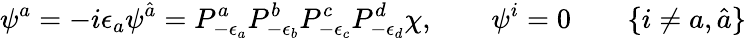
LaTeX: \psi^{a}=-i\epsilon_{a}\psi^{\hat{a}}=P_{-\epsilon_{a}}^{a}P_{-\epsilon_{b}}^{b}P_{-\epsilon_{c}}^{c}P_{-\epsilon_{d}}^{d}\chi,\qquad\psi^{i}=0\qquad\{ i\ne a,\hat{a}\}